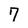
Character: 7